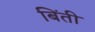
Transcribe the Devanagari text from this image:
बिंती